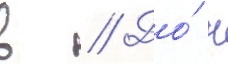
в // До́ н